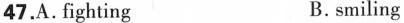
47.А. fighting B. snmiling